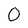
Character: 0